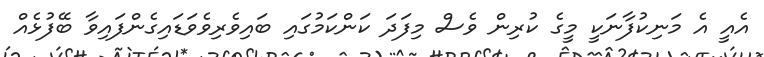
އެއީ އެ މަނިކުފާނަކީ މީގެ ކުރިން ވެސް މިފަދަ ކަންކަމުގައި ބައިވެރިވެވަޑައިގެންފައިވާ ބޭފުޅެއް